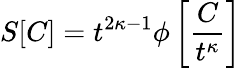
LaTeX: S[C]=t^{2\kappa-1}\phi\left[\frac{C}{t^{\kappa}}\right]